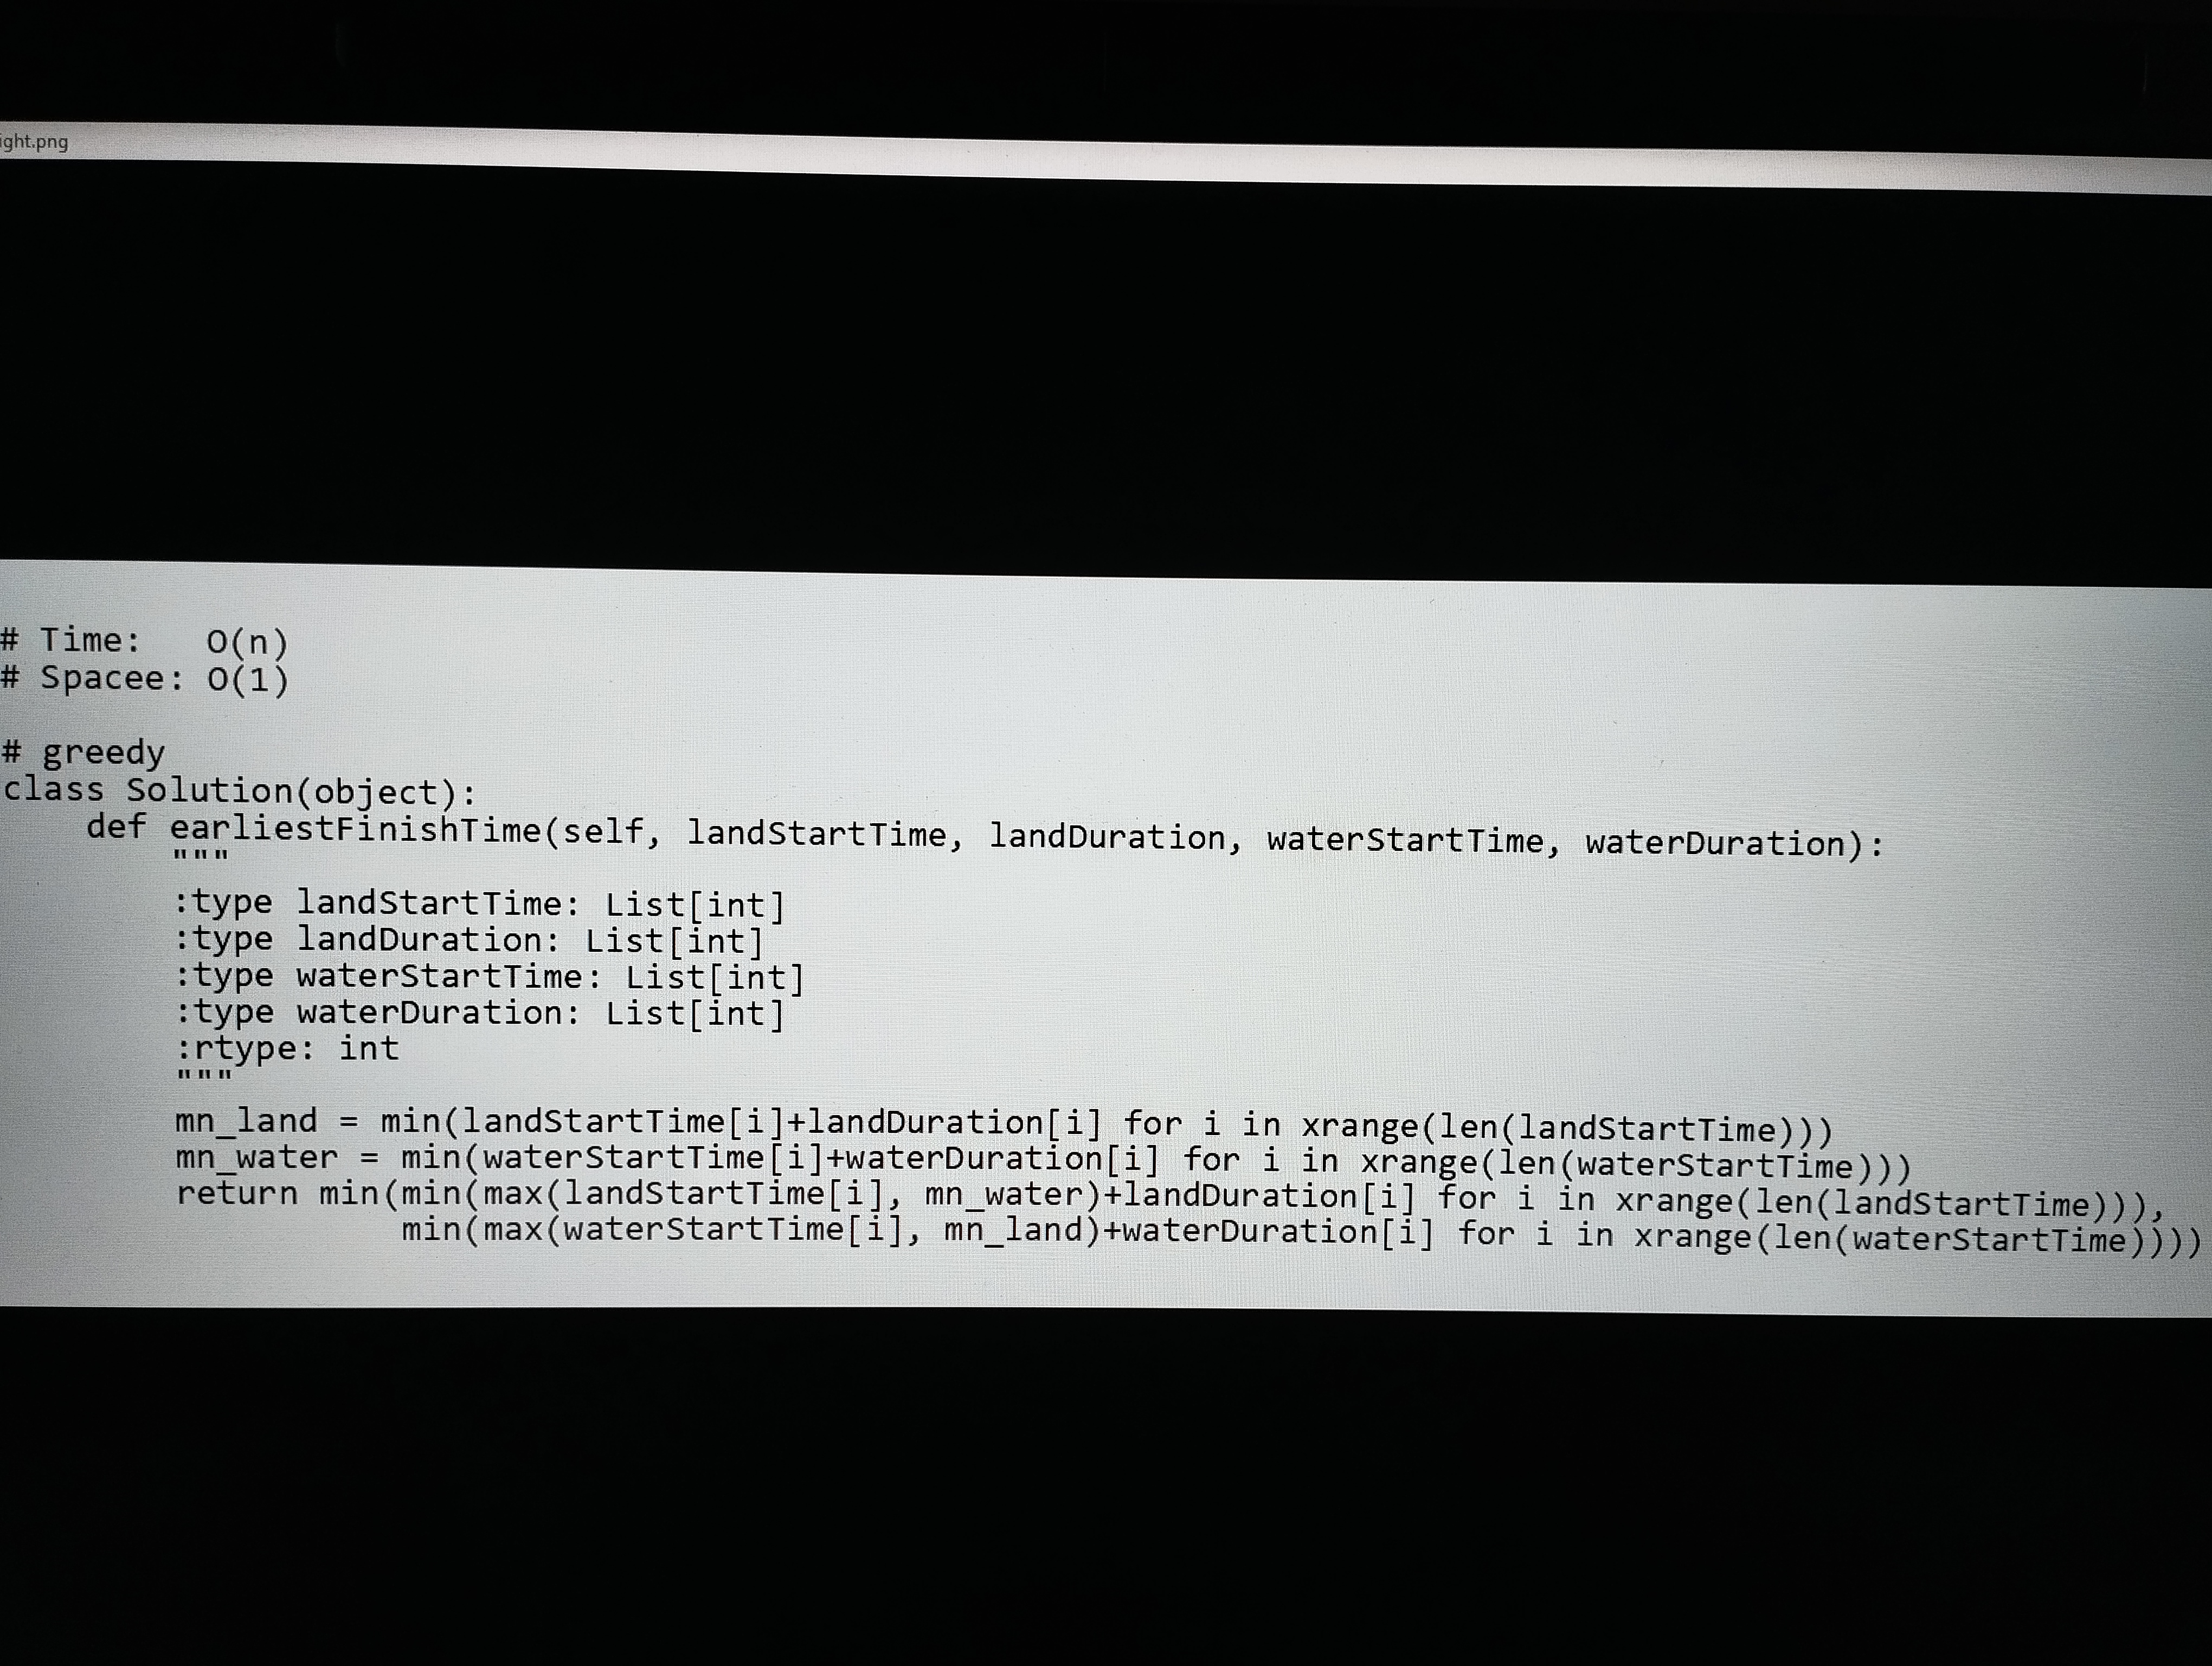
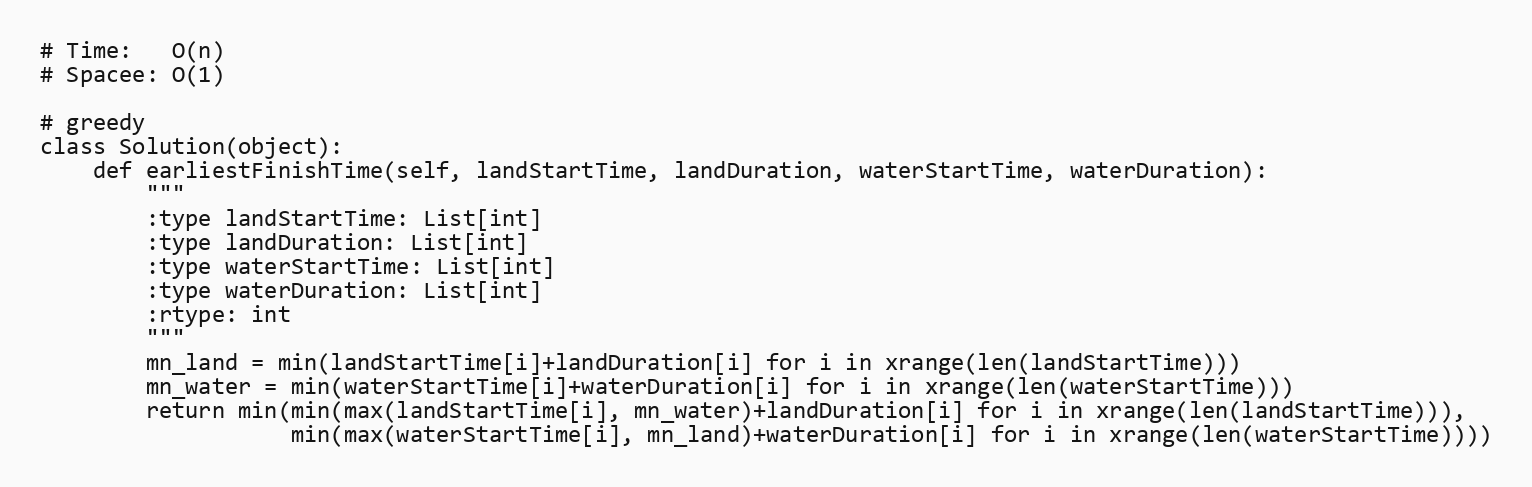
# Time:   O(n)
# Spacee: O(1)

# greedy
class Solution(object):
    def earliestFinishTime(self, landStartTime, landDuration, waterStartTime, waterDuration):
        """
        :type landStartTime: List[int]
        :type landDuration: List[int]
        :type waterStartTime: List[int]
        :type waterDuration: List[int]
        :rtype: int
        """
        mn_land = min(landStartTime[i]+landDuration[i] for i in xrange(len(landStartTime)))
        mn_water = min(waterStartTime[i]+waterDuration[i] for i in xrange(len(waterStartTime)))
        return min(min(max(landStartTime[i], mn_water)+landDuration[i] for i in xrange(len(landStartTime))),
                   min(max(waterStartTime[i], mn_land)+waterDuration[i] for i in xrange(len(waterStartTime))))